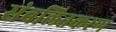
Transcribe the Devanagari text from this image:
संबलितकरण